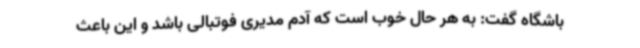
باشگاه گفت: به هر حال خوب است که آدم مدیری فوتبالی باشد و این باعث